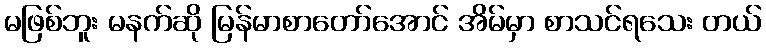
မဖြစ်ဘူး မနက်ဆို မြန်မာစာတော်အောင် အိမ်မှာ စာသင်ရသေး တယ်